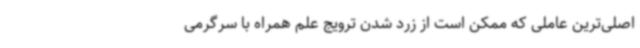
اصلی‌ترین عاملی که ممکن است از زرد شدن ترویج علم همراه با سرگرمی